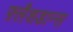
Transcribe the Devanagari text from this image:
फ़्लैशडान्स